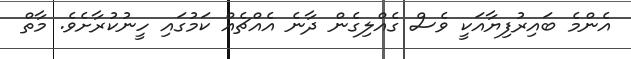
އެންމެ ބައިރުފިޔާއަކީ ވެސް ގެއްލިގެން ދާނެ އެއްޗެއް ކަމުގައި ހީނުކުރާށެވެ. މާތް